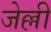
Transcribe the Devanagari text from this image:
जेल्ली